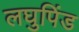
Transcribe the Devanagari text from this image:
लघुपिंड